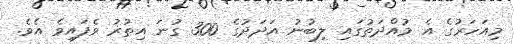
މިއަހަރުގެ އެ މުއްދަތުގައި ލިބުނު އަދަދުގެ 300 ގުނަ އިތުރު ވެފައިވެ އެވެ.